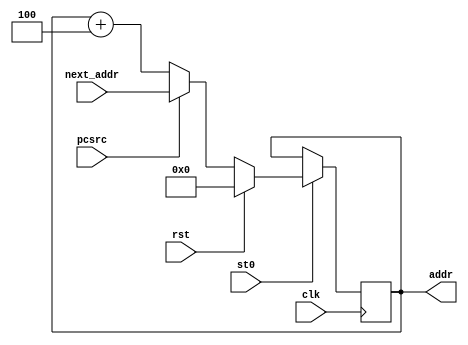

`timescale 1ns/1ns

module ProgramCounter(clk, rst, next_addr,pcsrc, addr,st0);
	input clk, rst,pcsrc,st0;
	input [31:0] next_addr;
	output reg [31:0] addr;
initial addr<=0;	
	always @ (posedge clk) 
	begin
		if(st0) 
		begin
			if(rst) addr<=0;
			else addr <=  pcsrc? next_addr:addr+4;
		end
	end
endmodule